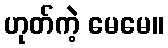
ဟုတ်ကဲ့ မေမေ။